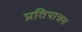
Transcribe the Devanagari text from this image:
प्रतिपात्रम